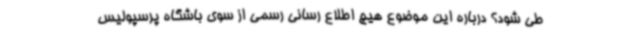
طی شود؟ درباره این موضوع هیچ اطلاع رسانی رسمی از سوی باشگاه پرسپولیس